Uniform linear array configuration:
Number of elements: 48
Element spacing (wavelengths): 1
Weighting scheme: hann
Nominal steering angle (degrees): -60
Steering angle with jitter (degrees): -58.602
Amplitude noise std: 0.05
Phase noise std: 0.05

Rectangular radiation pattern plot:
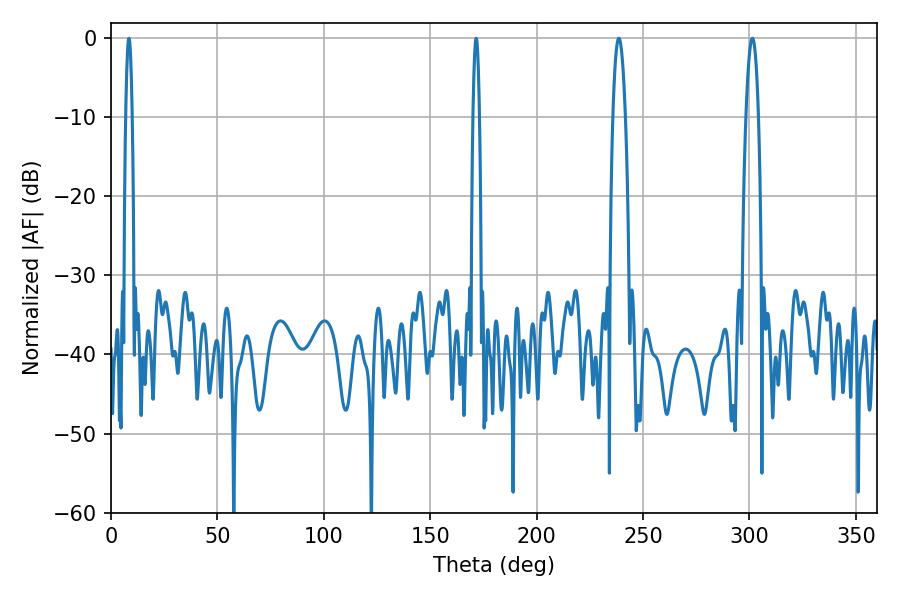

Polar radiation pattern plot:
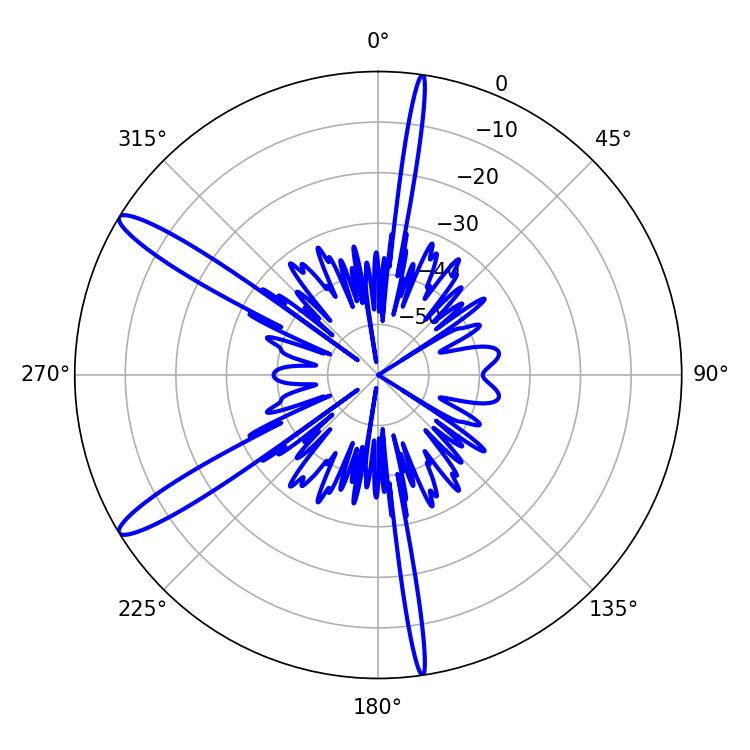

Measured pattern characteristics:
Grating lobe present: TRUE
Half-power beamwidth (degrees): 3.24
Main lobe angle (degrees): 301.32